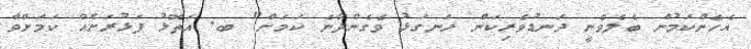
އެހެންކަމުން ބެލެވެނީ ދަނޑުވެރިކަން ރަނގަޅު ވެގެންދާނެ ކަމަށް" ބ. އަތޮޅު ފަޅުރަށެއް ކަމަށްވާ